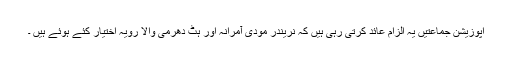
اپوزیشن جماعتیں یہ الزام عائد کرتی رہی ہیں کہ نریندر مودی آمرانہ اور ہٹ دھرمی والا رویہ اختیار کئے ہوئے ہیں ۔